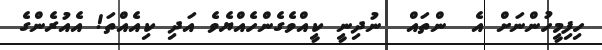
ހިފިމީހުންނަށް އެ  ންތައް  ނުދިނީ ކީއްވެގެންހެއްޔެވެ އަދި ކިއެއްތަ! އެއުރެންގެ